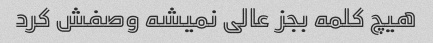
هیچ کلمه بجز عالی نمیشه وصفش کرد